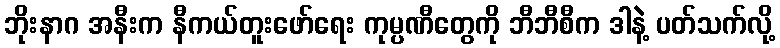
ဘိုးနာဂ အနီးက နီကယ်တူးဖော်ရေး ကုမ္ပဏီတွေကို ဘီဘီစီက ဒါနဲ့ ပတ်သက်လို့